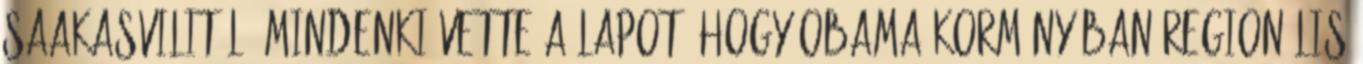
Saakasvilitől. Mindenki vette a lapot, hogy Obama kormányában regionális